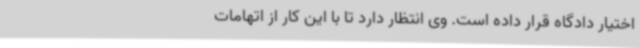
اختیار دادگاه قرار داده است. وی انتظار دارد تا با این کار از اتهامات